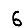
Digit: 6